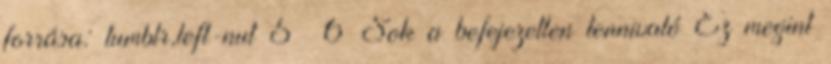
forrása: tumblr,left-nut 5 6 Sok a befejezetlen tennivaló Ez megint